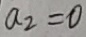
a _ { 2 } = 0